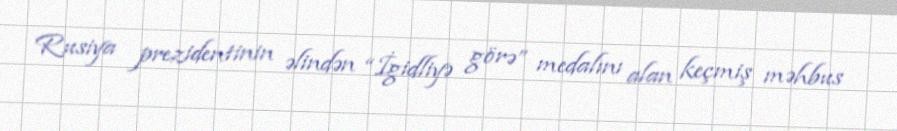
Rusiya prezidentinin əlindən “İgidliyə görə” medalını alan keçmiş məhbus